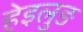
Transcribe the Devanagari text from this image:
हेइलुङ